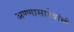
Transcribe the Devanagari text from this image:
अण्णासाहेबांची